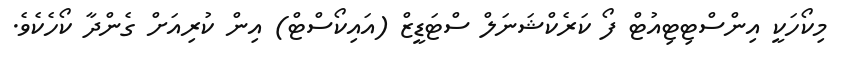
މިކޯހަކީ އިންސްޓިޓިއުޓް ފޯ ކަރެކްޝަނަލް ސްޓަޑީޒް (އައިކޯސްޓް) އިން ކުރިއަށް ގެންދާ ކޯހެކެވެ.